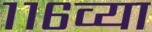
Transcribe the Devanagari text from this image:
११६व्या